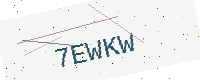
Text: 7EWKW